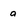
Character: a